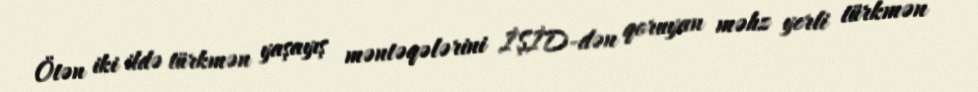
Ötən iki ildə türkmən yaşayış məntəqələrini İŞİD-dən qoruyan məhz yerli türkmən